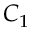
C _ { 1 }